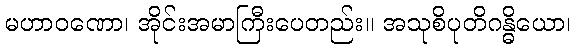
မဟာဝဏော၊ အိုင်းအမာကြီးပေတည်း။ အသုစိပုတိဂန္ဓိယော၊